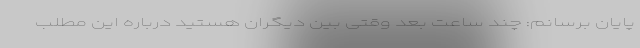
پایان برسانم: چند ساعت بعد وقتی بین دیگران هستید دربارهٔ این مطلب